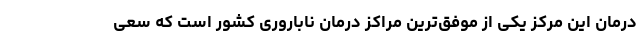
درمان این مرکز یکی از موفق‌ترین مراکز درمان ناباروری کشور است که سعی